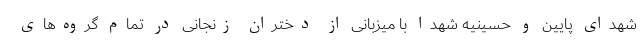
شهدای پایین و حسینیه شهدا با میزبانی از دختران زنجانی در تمام گروه‌های